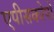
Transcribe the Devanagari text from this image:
एपीसकोपो